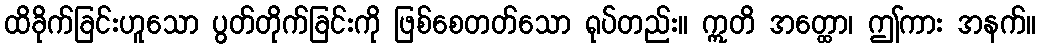
ထိခိုက်ခြင်းဟူသော ပွတ်တိုက်ခြင်းကို ဖြစ်စေတတ်သော ရုပ်တည်း။ ဣတိ အတ္ထော၊ ဤကား အနက်။